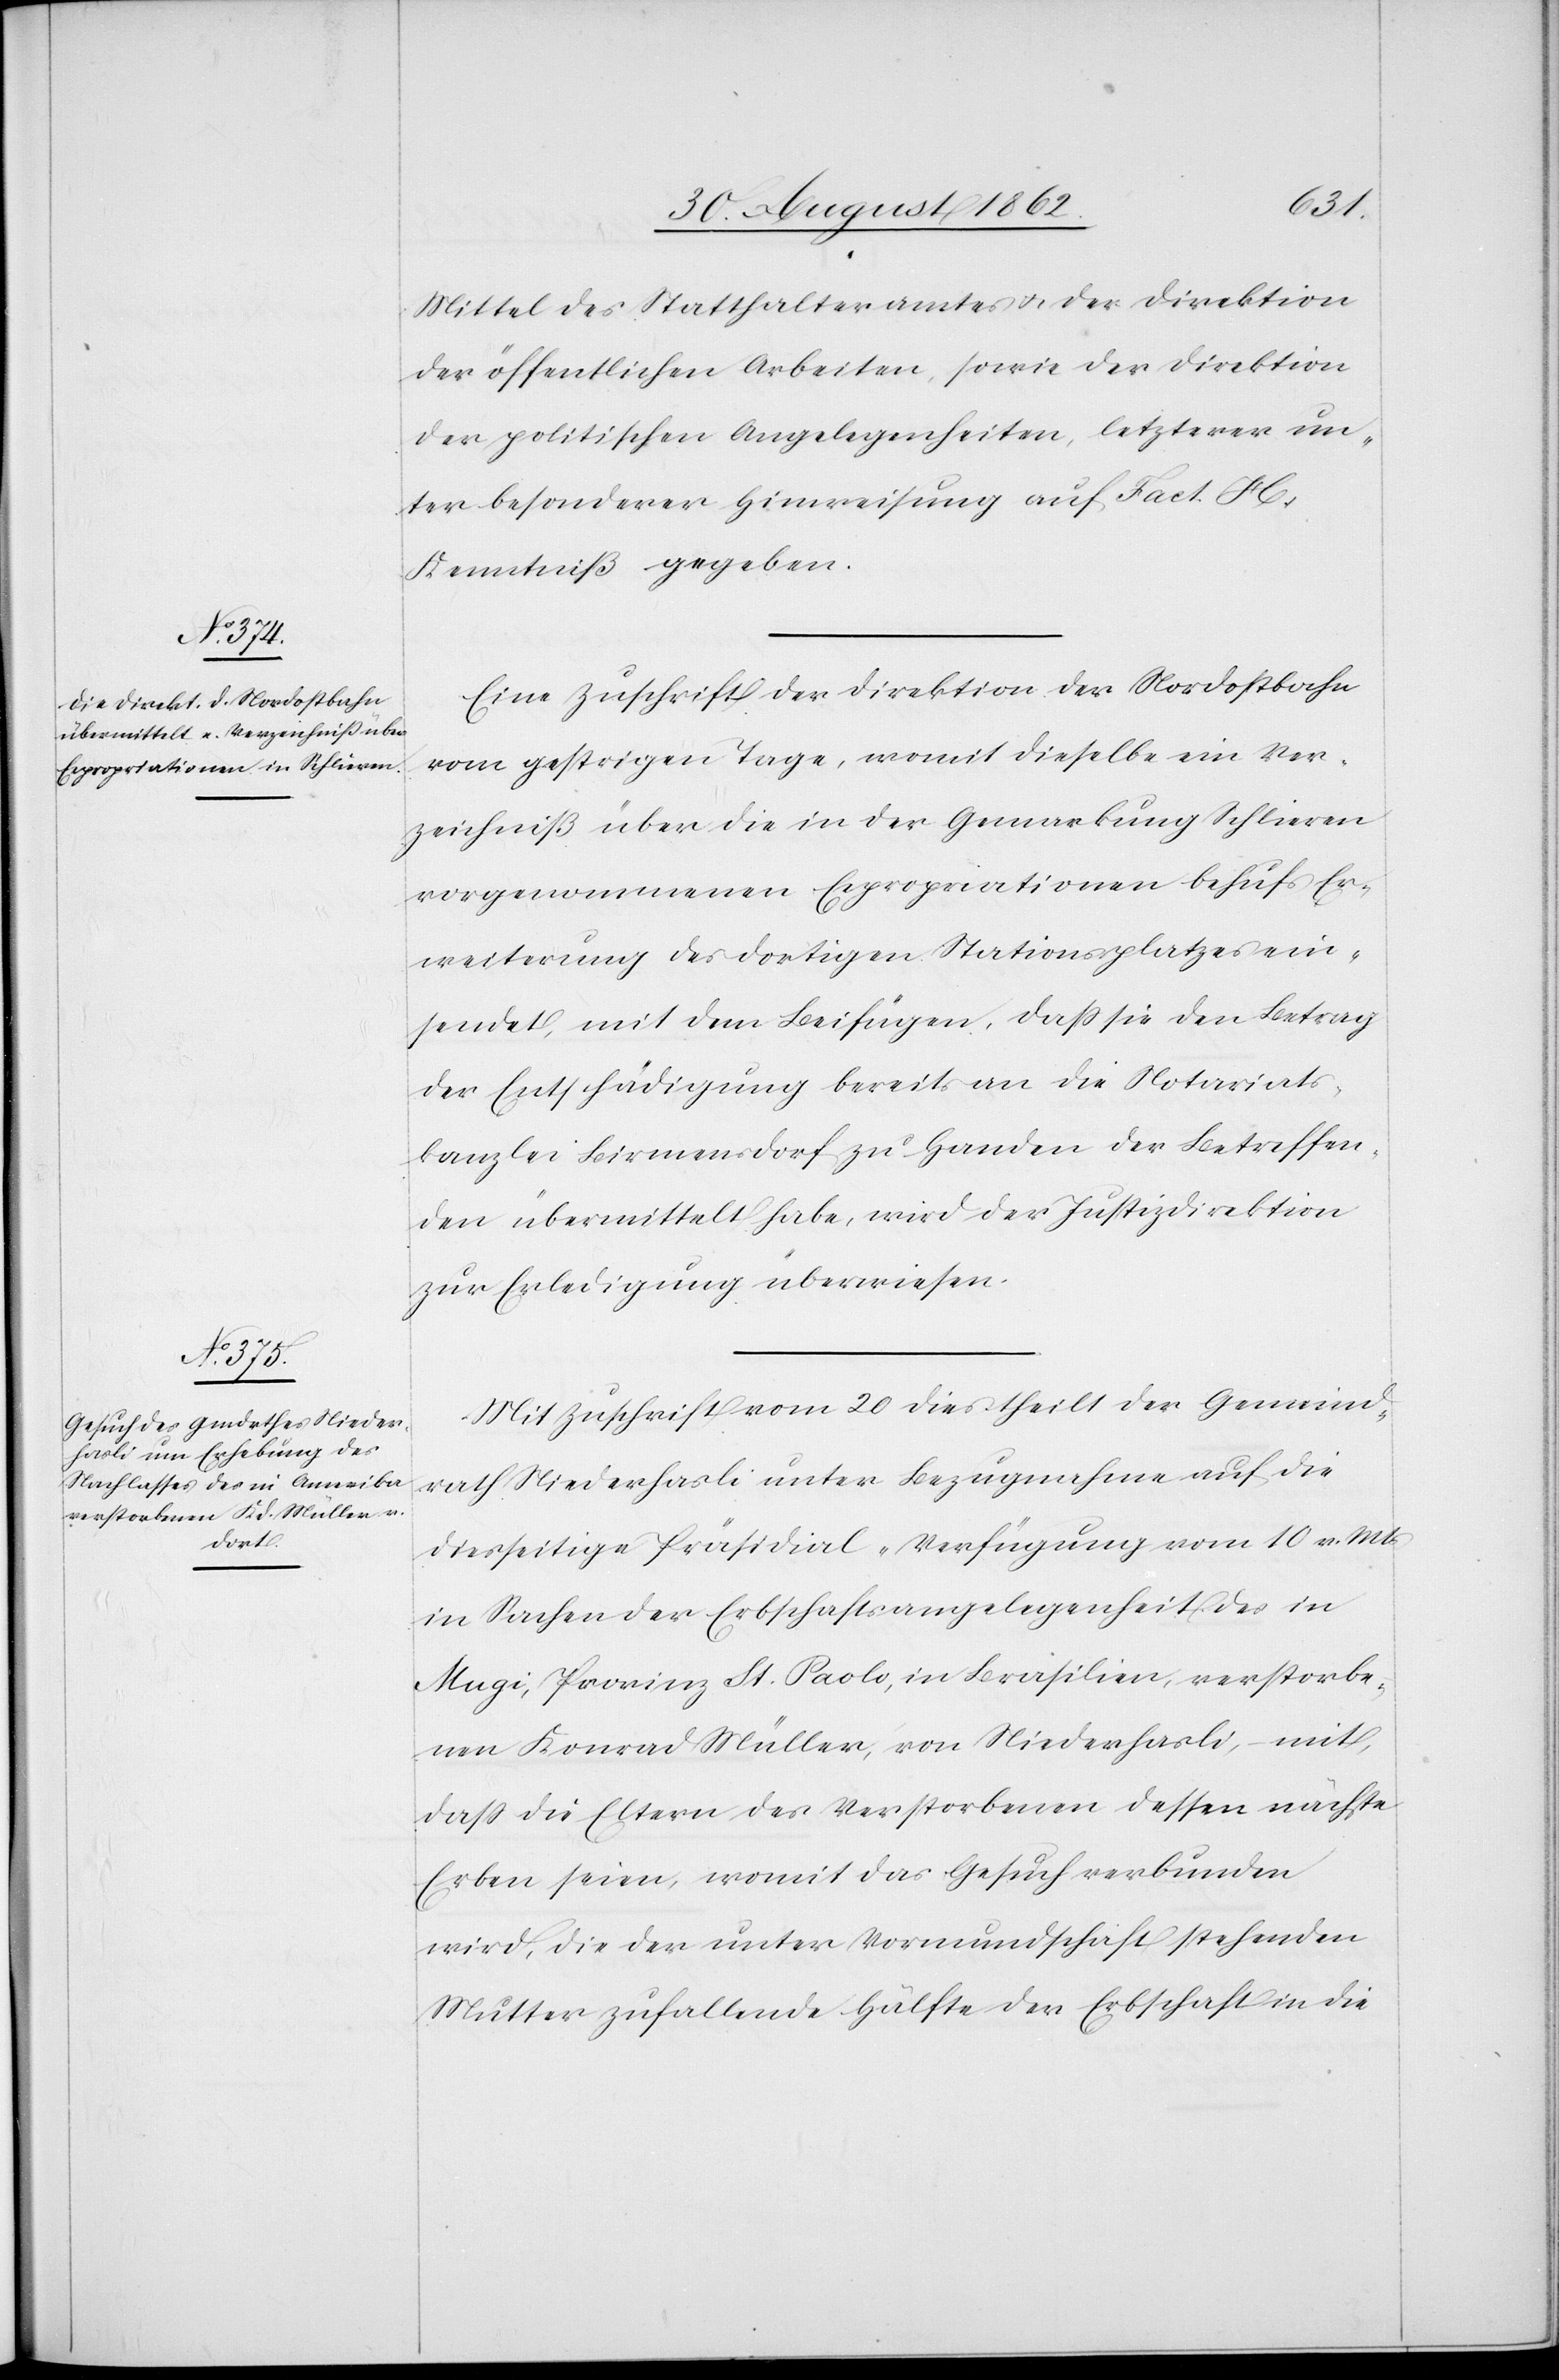
Mittel des Statthalteramtes u. der Direktion
der öffentlichen Arbeiten, sowie der Direktion
der politischen Angelegenheiten, letzterer un¬
ter besonderer Hinweisung auf Fact. H
Kenntniß zu geben.
Eine Zuschrift der Direktion der Nordostbahn
vom gestrigen Tage, womit dieselbe ein Ver¬
zeichniß über die in der Gemarkung Schlieren
vorgenommenen Expropriationen behufs Er¬
weiterung des dortigen Stationsplatzes ein¬
sendet, mit dem Beifügen, daß sie den Betrag
der Entschädigung bereits an die Notariats¬
kanzlei Birmensdorf zu Handen der Betreffen¬
den übermittelt habe, wird der Justizdirektion
zur Erledigung überwiesen.
Mit Zuschrift vom 20. dies theilt der Gemeind¬
rath Niederhasli unter Bezugnahme auf die
diesseitige Präsidial-Verfügung vom 10. v. Mts.
in Sachen der Erbschaftsangelegenheit des in
Mugi, Provinz St. Paolo, in Brasilien, verstorbe¬
nen Konrad Müller, von Niederhasli, mit,
daß die Eltern des Verstorbenen dessen nächsten
Erben seien, womit das Gesuch verbunden
wird, die der unter Vormundschaft stehenden
Mutter zufallende Hälfte der Erbschaft in die